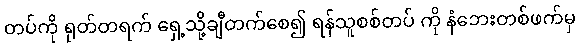
တပ်ကို ရုတ်တရက် ရှေ့သို့ချီတက်စေ၍ ရန်သူစစ်တပ် ကို နံဘေးတစ်ဖက်မှ